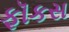
ફૉકસ